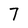
Character: 7